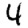
Digit: 4